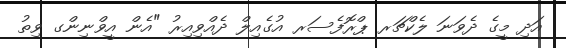
އަދި މީގެ ދެވަނަ ލެކްޗަރ ޕްރޮފެސަރ އުގެއިލް ދެއްވިއިރު "އެން އީވްނިންގ ވިތު